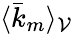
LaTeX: \langle\bar{k}_{m}\rangle_{\mathcal{V}}